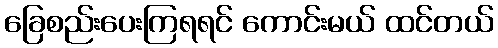
ခြေစည်းပေးကြရရင် ကောင်းမယ် ထင်တယ်